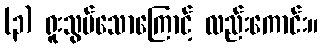
(၃) ရူးသွပ်သောကြောင့် လည်းကောင်း။